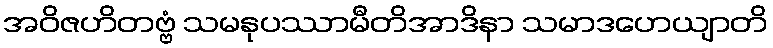
အဝိဇဟိတဗ္ဗံ သမနုပဿာမီတိအာဒိနာ သမာဒဟေယျာတိ